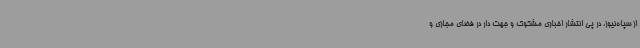
از سپاه‌نیوز، در پی انتشار اخباری مشکوک و جهت دار در فضای مجازی و